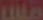
ملال